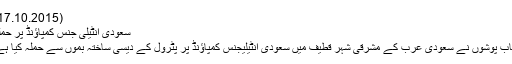
(17.10.2015)
سعودی انٹیلی جنس کمپاؤنڈ پر حملہ
نقاب پوشوں نے سعودی عرب کے مشرقی شہر قطیف میں سعودی انٹیلیجنس کمپاؤنڈ پر پٹرول کے دیسی ساختہ بموں سے حملہ کیا ہے۔